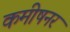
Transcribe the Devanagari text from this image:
कमीषनर